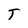
Character: T